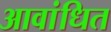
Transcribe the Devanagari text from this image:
आवांधित